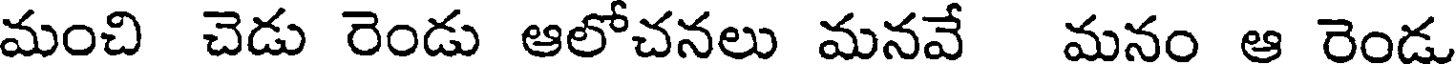
మంచి చెడు రెండు ఆలోచనలు మనవే మనం ఆ రెండు